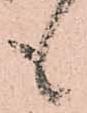
も